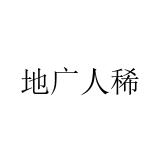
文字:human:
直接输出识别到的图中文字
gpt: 地广人稀